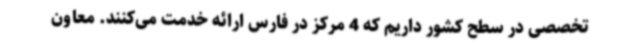
تخصصی در سطح کشور داریم که 4 مرکز در فارس ارائه خدمت می‌کنند. معاون